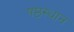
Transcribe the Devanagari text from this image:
षष्ठस्थान